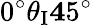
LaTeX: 0^{\circ}\le\theta_{\textup{I}}\le 45^{\circ}